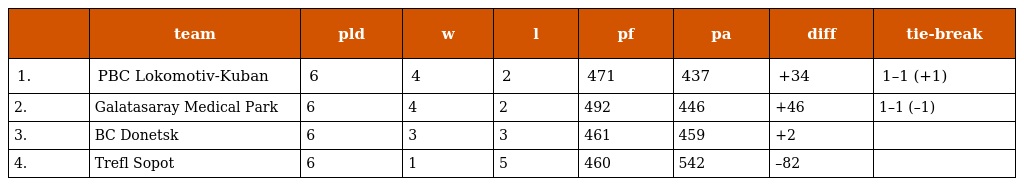
|  | team | pld | w | l | pf | pa | diff | tie-break |
 | --- | --- | --- | --- | --- | --- | --- | --- | --- |
 | 1. | PBC Lokomotiv-Kuban | 6 | 4 | 2 | 471 | 437 | +34 | 1–1 (+1) |
 | 2. | Galatasaray Medical Park | 6 | 4 | 2 | 492 | 446 | +46 | 1–1 (–1) |
 | 3. | BC Donetsk | 6 | 3 | 3 | 461 | 459 | +2 |  |
 | 4. | Trefl Sopot | 6 | 1 | 5 | 460 | 542 | –82 |  |